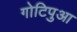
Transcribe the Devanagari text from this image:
गोटिपुआ